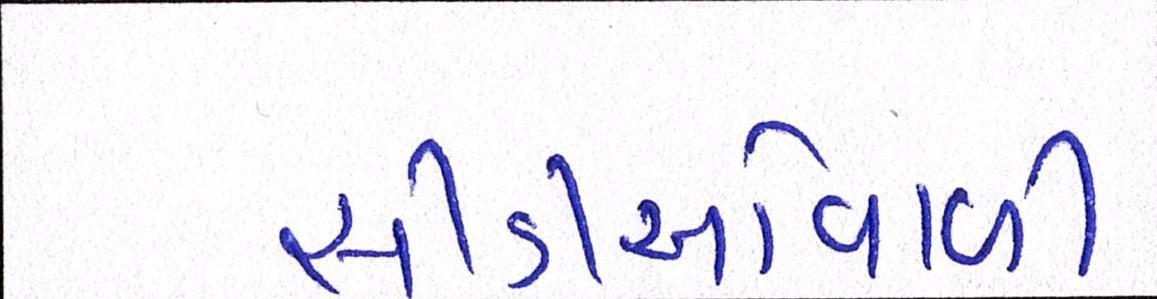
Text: સીડીઓવાળી